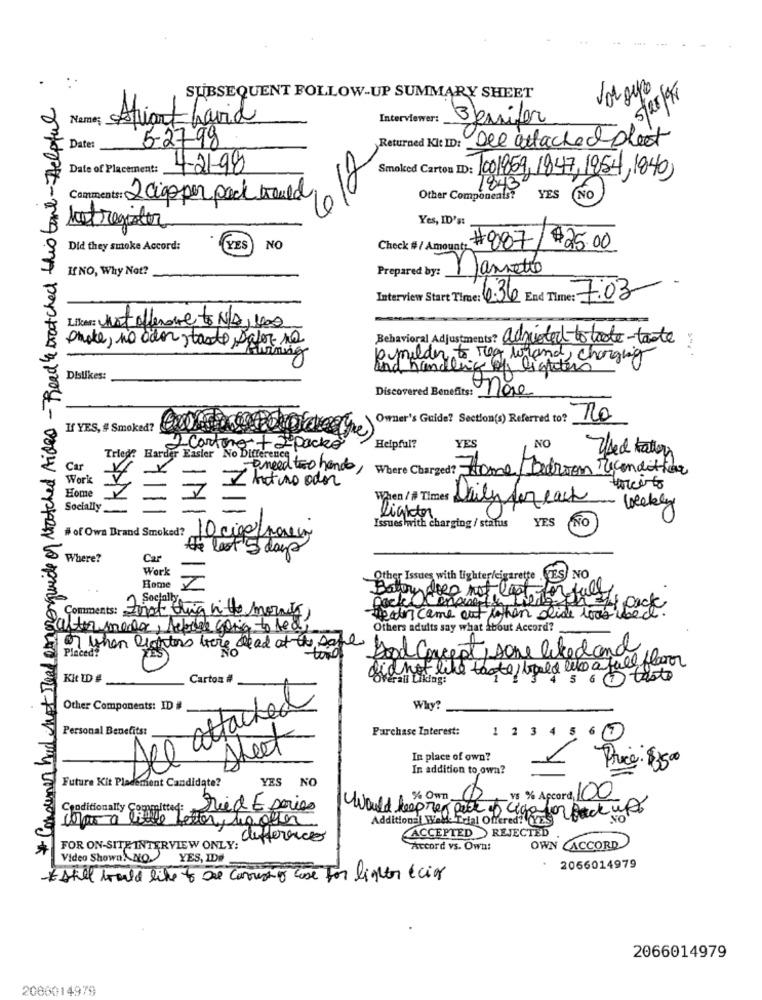
here guide of watched Aides - Reed & watched this tant-Helpful
SUBSEQUENT FOLLOW-UP SUMMARY SHEET
Nome: stiant havid
Interviewer:
3Jennifer
5-2798
see attached sheet
Date:
Returned Kit ID:
Date of Placement:
4-21-98
Smoked Carton ID: 1001859, 1847,1954,1840)
1843
Comment: 2 ciaoper pack trouled
Other Components?
YES
NO
Yes, ID's:
Metregister
Did they smoke Accord:
YES
NO
Check #/ Amount
#887
$25.00
If NO, Why Not?
Prepared by:
Mannetto
Interview Start Time: 0.36 End Time: 7:03
Liker: not offerone to N/A, 100
proke, no ador , taste safer na
Behavioral Adjustments? adjusted to boote-taste
Running
emilder to Meg wirand, charging
and handling of lighters
Dislikes:
Discovered Benefits:
s: none
Owner's Guide? Section(s) Referred to?
no
If YES, # Smoked?
2 Cartono + 2 Packo
Helpful?
YES
NO
Tried? Harder Easier No Difference"
Car
-Breed two hands,
Where Charged? Home/Bedroom Recondition
Work
Home
I tato oder
7
When / # Times
Daily for each
Socially
Weekly
Issues with charging / status
Lighter
YES
NO
# of Own Brand Smoked? 10 cige porec
the lost 5 days
Where?
Car
Work
Other Issues with lighter/cigarette
FES
NO
Home
Batowy does not lost for full
1 Socially
och 3 pack
Comments: First thing ni the morate)
mais came out tothen slide was ie
saltormento, Above Going to tech
Others adults say what about Accord?
7 When Planters were dead at the same
Good Concept sone liked and
did not like toote bald like a full floor
Kit ID #
Carton #
'Overati Liking:
5 6 0 taste
See attached
Other Components: ID #
Why?
Personal Benefits:
Purchase Interest:
1 2 3
5 6 7
Sheet
In place of own?
In addition to own?
Price :
Future Kit Placement Candidate?
YES
NO
V5 % Apcord, 100
Conditionally Committed:
Fried E series
de Letter, Maguer
Would lepres pack of lige for Back up
Additional Weide Telal Offered? YES
ACCEPTED REJECTED
difference
FOR ON-SITE INTERVIEW ONLY:"
Accord vs. Own:
OWN CACCORD
Video Shown. NO.
YES, ID#
2066014979
still would like to De correio case For lighter écias
2066014979
2066014979